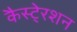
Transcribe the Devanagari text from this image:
कैस्टे्रशन